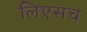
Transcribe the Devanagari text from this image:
लिएसच